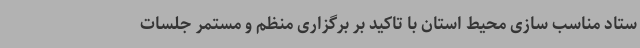
ستاد مناسب سازی محیط استان با تاکید بر برگزاری منظم و مستمر جلسات